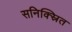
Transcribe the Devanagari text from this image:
सनिक्स्रित